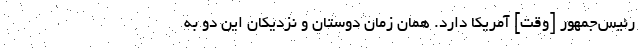
رئیس‌جمهور [وقت] آمریکا دارد. همان زمان دوستان و نزدیکان این دو به